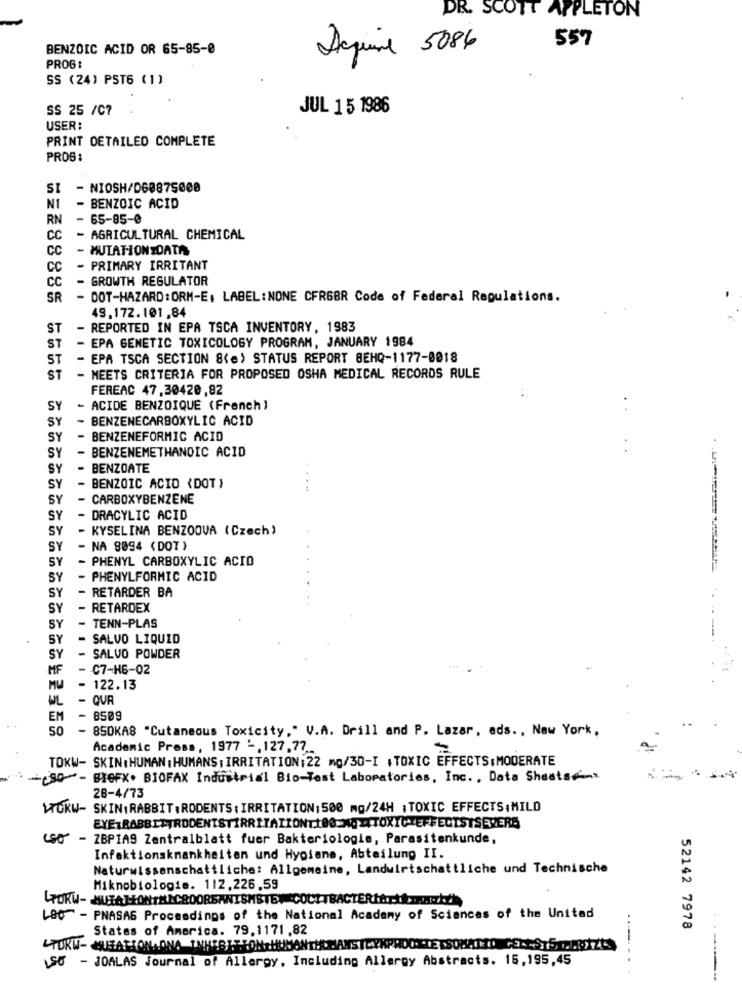
DR. SCOTT APPLETON
559
BENZOIC ACID OR 65-85-0
Acquire 5086
PROG :
SS (24) PST6 (1)
SS 25 /C?
JUL 15 1986
USER:
PRINT DETAILED COMPLETE
PROG :
SI
- NIOSH/D60875000
NI
- BENZOIC ACID
RN
- 65-85-0
CC
- AGRICULTURAL CHEMICAL
CC
- MUTATIONSDATA
CC
- PRIMARY IRRITANT
CC
- GROWTH REGULATOR
SR
- DOT-HAZARD:ORM-E, LABEL: NONE CFRGBR Code of Federal Regulations.
49,172.101,84
ST
- REPORTED IN EPA TSCA INVENTORY, 1983
ST
- EPA GENETIC TOXICOLOGY PROGRAM, JANUARY 1984
ST
- EPA TSCA SECTION 8(e) STATUS REPORT BEHQ-1177-0018
ST
- MEETS CRITERIA FOR PROPOSED OSHA MEDICAL RECORDS RULE
FEREAC 47,30420,82
SY
- ACIDE BENZOIQUE (French)
SY
- BENZENECARBOXYLIC ACID
SY
- BENZENEFORMIC ACID
SY
- BENZENEMETHANOIC ACID
SY
- BENZOATE
SY
- BENZOIC ACID (DOT)
SY
- CARBOXYBENZENE
SY
- DRACYLIC ACID
SY
- KYSELINA BENZOOVA (Czech)
SY
NA 8094 ( DOT )
SY
PHENYL CARBOXYLIC ACID
SY
PHENYLFORMIC ACID
SY
- RETARDER BA
SY
- RETARDEX
BY
- TENN-PLAS
SY
SALVO LIQUID
SY
SALVO POWDER
MF
- C7-H6-02
MU
- 122.13
WL
- QUR
EM
- 8509
50
850KA8 "Cutaneous Toxicity," V.A. Drill and P. Lazar, ads ., New York,
Academic Press, 1977 -, 127,77 ..
TOKW- SKIN, HUMAN: HUMANS : IRRITATION:22 mg/30-I +TOXIC EFFECTS:MODERATE
-80- BIOFX. BIOFAX Industrial Bio-Test Laboratories, Inc. , Data Sheets-
28-4/73
WOKW- SKIN,RABBIT, RODENTS : IRRITATION: 500 mg/24H ; TOXIC EFFECTS,MILO
EYE1RABBITTRODENISTIRRITATIONT100 MGZTTOXIC EFFECTSTSERERS
480 - ZBPIA9 Zentralblatt fuer Bakteriologie, Parasitenkunde,
Infektionskrankheiten und Hypiane, Abteilung II.
Naturwissenschaftliche: Allgemeine, Landwirtschattliche und Technische
Miknobiologie. 112,226.59
L80 - PNASAS Proceedings of the National Academy of Sciences of the United
States of America. 79.1171.82
52142 7978
-TUKU-QUEATION. ONA THIEBITSONTHUMANTHUMANSTRYKPHDOHLEDSOMATTO CELESTE. ... R.ZES
SO - JOALAS Journal of Allergy, Including Allergy Abstracts. 16,195,45
--